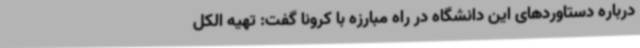
درباره دستاوردهای این دانشگاه در راه مبارزه با کرونا گفت: تهیه الکل